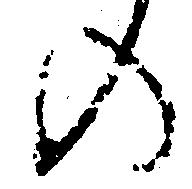
の